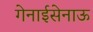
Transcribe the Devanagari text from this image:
गेनाईसेनाऊ